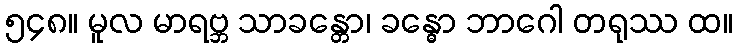
၅၄၈။ မူလ မာရဗ္ဘ သာခန္တော၊ ခန္ဓော ဘာဂေါ တရုဿ ထ။